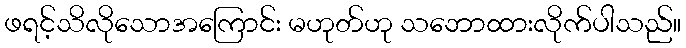
ဖရင့်သိလိုသောအကြောင်း မဟုတ်ဟု သဘောထားလိုက်ပါသည်။